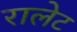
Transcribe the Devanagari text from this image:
रालेट